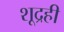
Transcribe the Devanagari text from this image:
शूद्रही